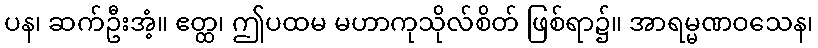
ပန၊ ဆက်ဦးအံ့။ ဧတ္ထ၊ ဤပထမ မဟာကုသိုလ်စိတ် ဖြစ်ရာ၌။ အာရမ္မဏဝသေန၊